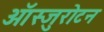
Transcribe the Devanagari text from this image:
ऑस्जुरोटन